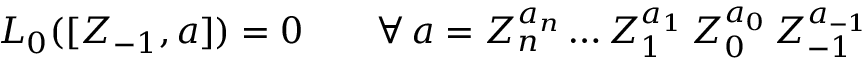
L _ { 0 } ( [ Z _ { - 1 } , a ] ) = 0 \qquad \forall \, a = Z _ { n } ^ { a _ { n } } \ldots Z _ { 1 } ^ { a _ { 1 } } \, Z _ { 0 } ^ { a _ { 0 } } \, Z _ { - 1 } ^ { a _ { - 1 } }